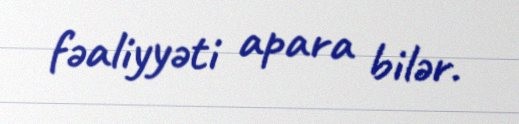
fəaliyyəti apara bilər.